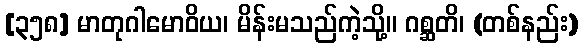
[၃၅၈] မာတုဂါမောဝိယ၊ မိန်းမသည်ကဲ့သို့။ ဂစ္ဆတိ၊ (တစ်နည်း)